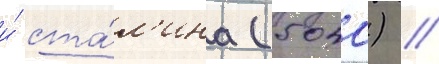
и́ ста́л'ина (5040) //